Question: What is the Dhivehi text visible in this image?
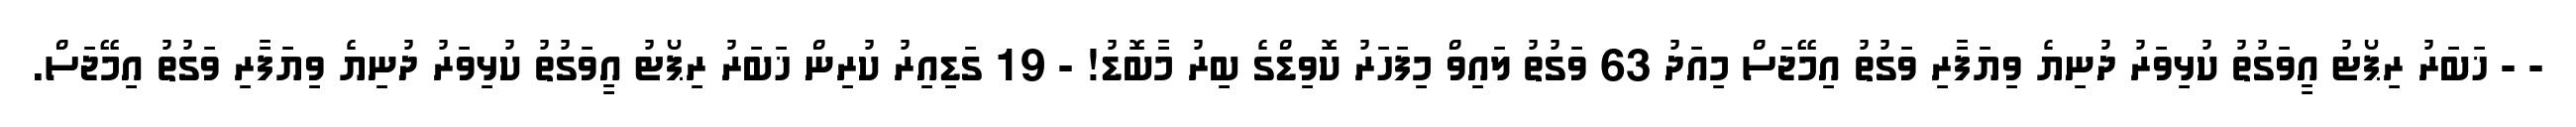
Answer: - - ޚަބަރު ރިޕޯޓު އީވަގުތު ކުޅިވަރު ދުނިޔެ ވިޔަފާރި ވަގުތު އިމޭޖަސް މިއަދު 63 ވަގުތު ލައިވް މިފަހަރު ކޮވިޑްގެ ބިރު މާބޮޑު! - 19 ގަޑިއިރު ކުރިން ޚަބަރު ރިޕޯޓު އީވަގުތު ކުޅިވަރު ދުނިޔެ ވިޔަފާރި ވަގުތު އިމޭޖަސް.